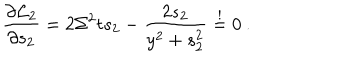
\frac { \partial { \cal L } _ { 2 } } { \partial s _ { 2 } } = 2 \Sigma ^ { 2 } t s _ { 2 } - \frac { 2 s _ { 2 } } { y ^ { 2 } + s _ { 2 } ^ { 2 } } \stackrel { ! } { = } 0 \: .